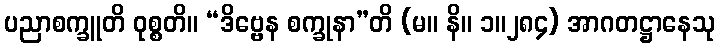
ပညာစက္ခူတိ ဝုစ္စတိ။ “ဒိဗ္ဗေန စက္ခုနာ”တိ (မ။ နိ။ ၁။၂၈၄) အာဂတဋ္ဌာနေသု